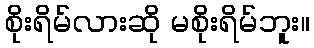
စိုးရိမ်လားဆို မစိုးရိမ်ဘူး။